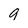
Character: 9